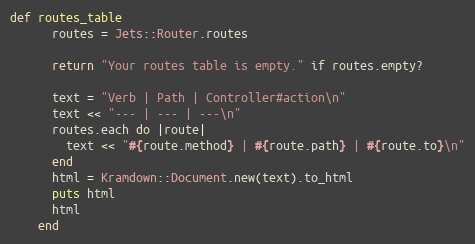
Language: Ruby
def routes_table
      routes = Jets::Router.routes

      return "Your routes table is empty." if routes.empty?

      text = "Verb | Path | Controller#action\n"
      text << "--- | --- | ---\n"
      routes.each do |route|
        text << "#{route.method} | #{route.path} | #{route.to}\n"
      end
      html = Kramdown::Document.new(text).to_html
      puts html
      html
    end